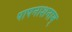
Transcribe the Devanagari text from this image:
पापनाशनाम्